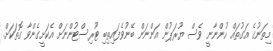
މިތަނުގެ އަގުތައް ހުންނާނީ ވެސް ޔޫރަޕުން އަންނަން ބޭނުވެފައިތިބި ޓޫރިސްޓުންނަށް އެކަށީގެންވާ ގޮތަކަށް.